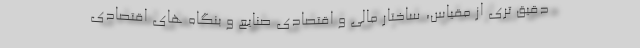
دقیق تری از مقیاس، ساختار مالی و اقتصادی صنایع و بنگاه های اقتصادی